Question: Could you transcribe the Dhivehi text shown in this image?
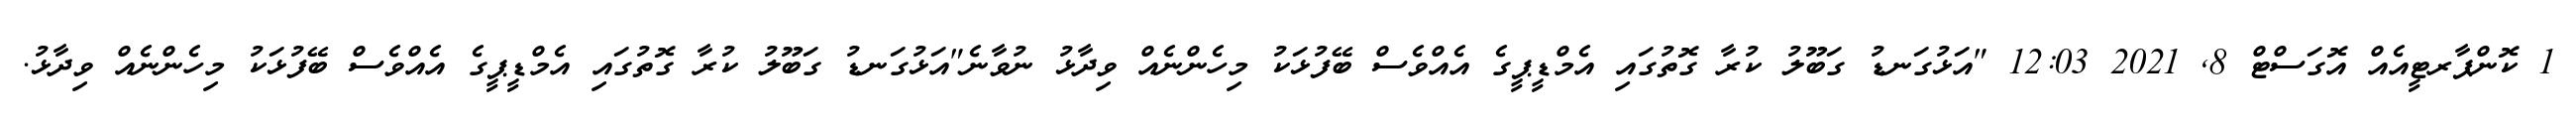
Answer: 1 ކޮންޕާރޓީއެއް އޮގަސްޓް 8, 2021 12:03 "އަޅުގަނޑު ގަބޫލު ކުރާ ގޮތުގައި އެމްޑީޕީގެ އެއްވެސް ބޭފުޅަކު މިހެންނެއް ވިދާޅު ނުވާނެ"އަޅުގަނޑު ގަބޫލު ކުރާ ގޮތުގައި އެމްޑީޕީގެ އެއްވެސް ބޭފުޅަކު މިހެންނެއް ވިދާޅު.